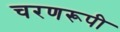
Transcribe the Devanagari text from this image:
चरणरूपी